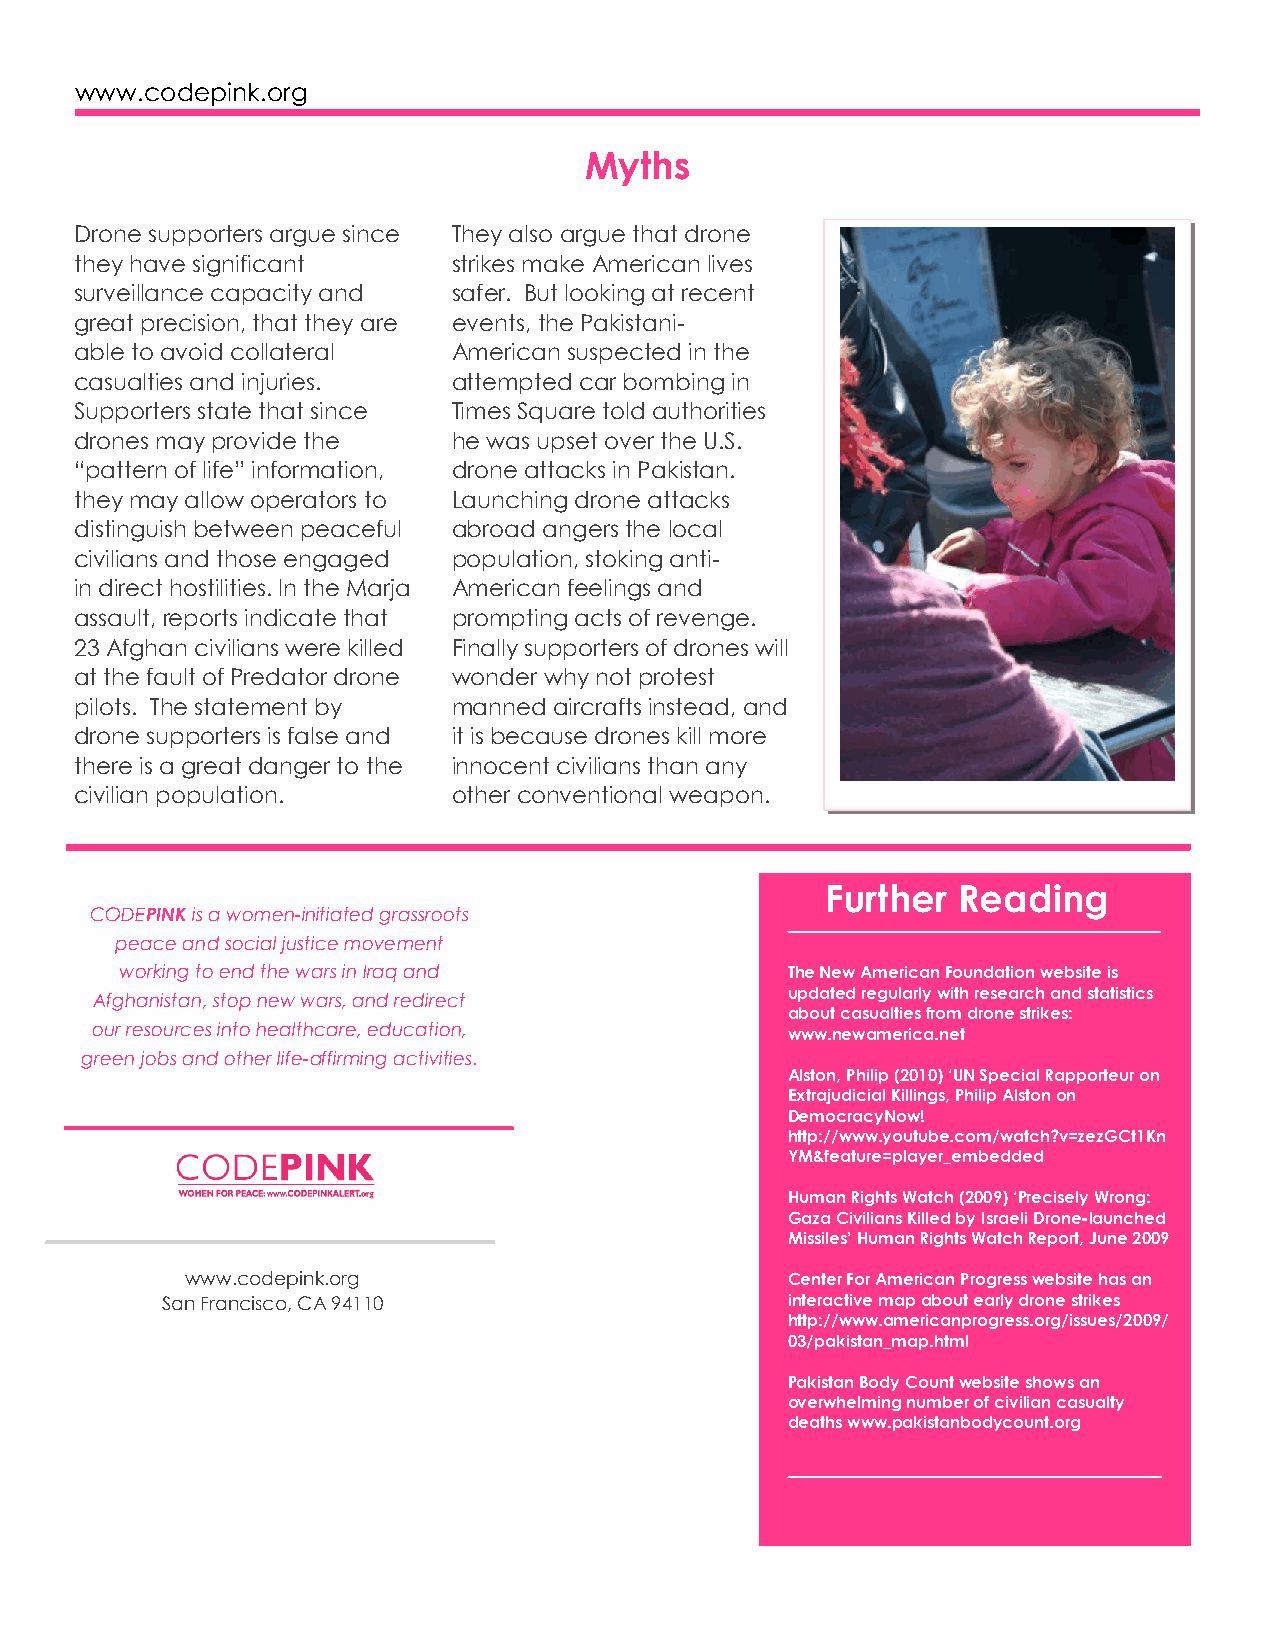
www.codepink.org
 Myths
 Drone supporters argue since They also argue that drone
 they have significant    strikes make American lives
 surveillance capacity and safer. But looking at recent
 great precision, that they are events, the Pakistani-
 able to avoid collateral American suspected in the
 casualties and injuries. attempted car bombing in
 Supporters state that since Times Square told authorities
 drones may provide the   he was upset over the U.S.
 “pattern of life” information, drone attacks in Pakistan.
 they may allow operators to Launching drone attacks
 distinguish between peaceful abroad angers the local
 civilians and those engaged population, stoking anti-
 in direct hostilities. In the Marja American feelings and
 assault, reports indicate that prompting acts of revenge.
 23 Afghan civilians were killed Finally supporters of drones will
 at the fault of Predator drone wonder why not protest
 pilots. The statement by manned aircrafts instead, and
 drone supporters is false and it is because drones kill more
 there is a great danger to the innocent civilians than any
 civilian population.     other conventional weapon.
 Further Reading
 CODEPINK is a women-initiated grassroots
 peace and social justice movement
 working to end the wars in Iraq and         The New American Foundation website is
 updated regularly with research and statistics
 Afghanistan, stop new wars, and redirect
 about casualties from drone strikes:
 our resources into healthcare, education,     www.newamerica.net
 green jobs and other life-affirming activities.
 Alston, Philip (2010) ‘UN Special Rapporteur on
 Extrajudicial Killings, Philip Alston on
 DemocracyNow!
 http://www.youtube.com/watch?v=zezGCt1Kn
 YM&feature=player_embedded
 Human Rights Watch (2009) ‘Precisely Wrong:
 Gaza Civilians Killed by Israeli Drone-launched
 Missiles’ Human Rights Watch Report, June 2009
 www.codepink.org                        Center For American Progress website has an
 San Francisco, CA 94110                  interactive map about early drone strikes
 http://www.americanprogress.org/issues/2009/
 03/pakistan_map.html
 Pakistan Body Count website shows an
 overwhelming number of civilian casualty
 deaths www.pakistanbodycount.org